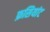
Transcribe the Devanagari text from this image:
फ्रसियांट